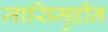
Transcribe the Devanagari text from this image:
जासिमुद्दीन